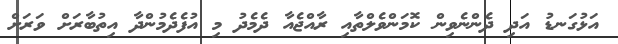
އަޅުގަނޑު އަދި ދެންނެވިން ކޮމަންވެލްތާއި ރާއްޖެއާ ދެމެދު މި އުފެދެމުންދާ އިތުބާރަށް ވަރަށް